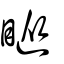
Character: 瞛